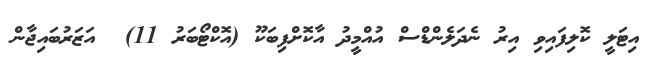
އިޓަލީ ކޮލިފައިވި އިރު ނެދަލެންޑްސް އުއްމީދު އާކޮށްފިބަކޫ (އޮކްޓޯބަރު 11)  އަޒަރުބައިޖާން